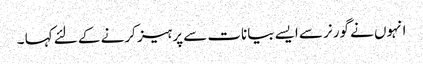
انہوں نے گورنر سے ایسے بیانات سے پرہیز کرنے کے لئے کہا ۔